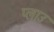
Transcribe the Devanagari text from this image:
प्लाउ